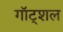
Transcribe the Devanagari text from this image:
गॉट्शल